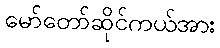
မော်တော်ဆိုင်ကယ်အား